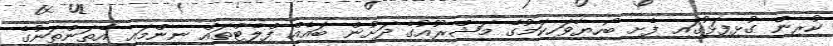
ކުރިން ގުޅިފަޅުގައި ފެށި ބޯހިޔާވަހިކަމުގެ މަޝްރޫއުގެ ދަށުން ބައެއް ފްލެޓްތައް ނިންމައި އެތަންތަނުގެ